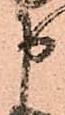
申